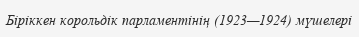
Біріккен корольдік парламентінің (1923—1924) мүшелері